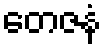
တေဇနံ